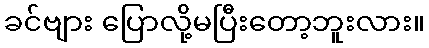
ခင်ဗျား ပြောလို့မပြီးတော့ဘူးလား။